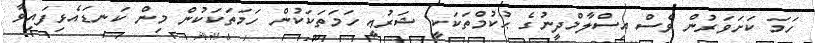
ހަމަ ކަށަވަރުން ވެސް އިސްލާމްދީނުގެ ޙުކުމްތަކަކީ ޝަރުޢީ ހަމަތަކަކުން ހަމަތަކަކުން މިން ކަނޑައެޅިފައިވާ